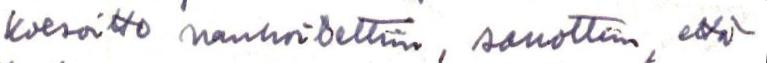
koesoitto nauhoitettiin, sanottiin, että